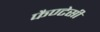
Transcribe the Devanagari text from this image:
फैण्टेसी